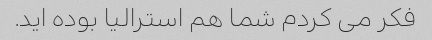
فکر می کردم شما هم استرالیا بوده اید.